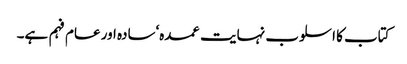
کتاب کا اسلوب نہایت عمدہ‘سادہ اور عام فہم ہے۔